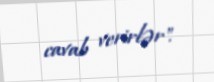
cavab verirlər".